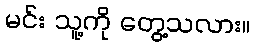
မင်း သူ့ကို တွေ့သလား။